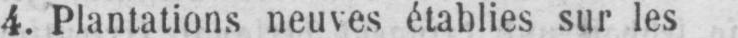
4. Plantations neuves établies sur les